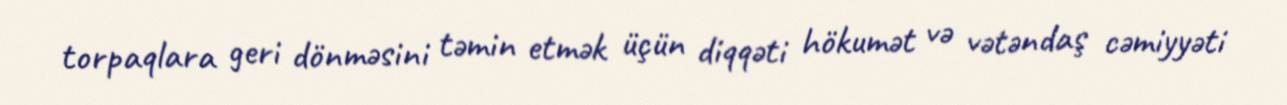
torpaqlara geri dönməsini təmin etmək üçün diqqəti hökumət və vətəndaş cəmiyyəti